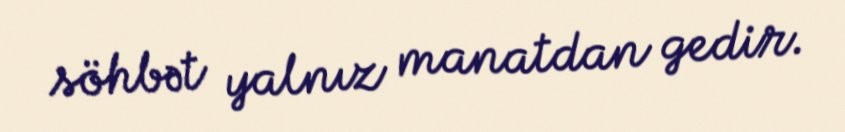
söhbət yalnız manatdan gedir.